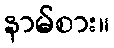
နာမ်စား။